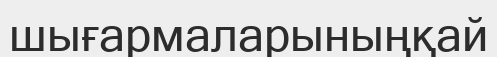
шығармаларыныңқай